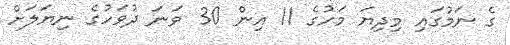
ގެ ނަމުގައި މިދިޔަ މަހުގެ 11 އިން 30 ވަނަ ދުވަހުގެ ނިޔަލަށް